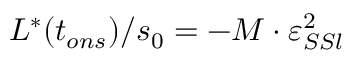
L ^ { * } ( t _ { o n s } ) / s _ { 0 } = - M \cdot \varepsilon _ { S S l } ^ { 2 }